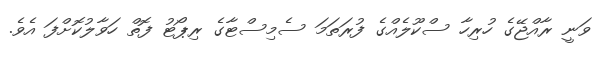
ވަނީ ރާއްޖޭގެ ހުރިހާ ސްކޫލެއްގެ ފުރަތަމަ ސެމިސްޓާގެ ރިޕޯޓު ފޮތް ހަވާލުކޮށްފަ އެވެ.